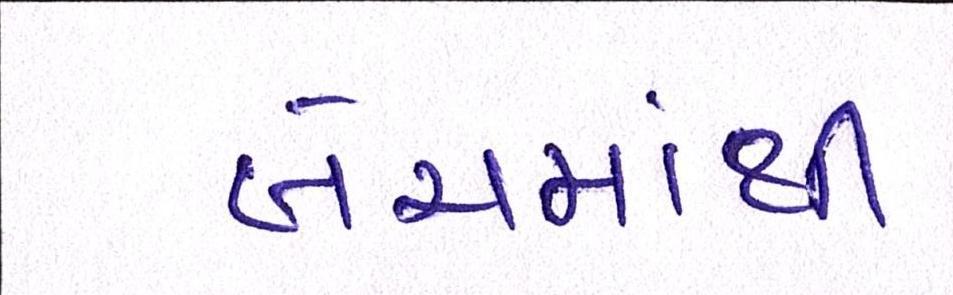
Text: બેચમાંથી